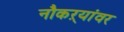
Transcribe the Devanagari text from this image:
नौकऱ्यांवर